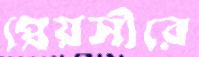
প্রেয়সীরে